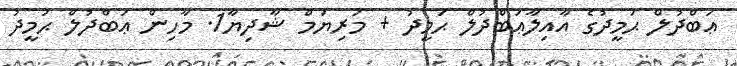
ޢަބްދުލް ޙަމީދުގެ އާއިލާޢަބްދުލް ޙަމީދު + މަރިޔަމް ޝާދިޔާ1. މާހިން ޢަބްދުލް ޙަމީދު